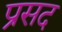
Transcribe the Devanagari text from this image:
प्रसद